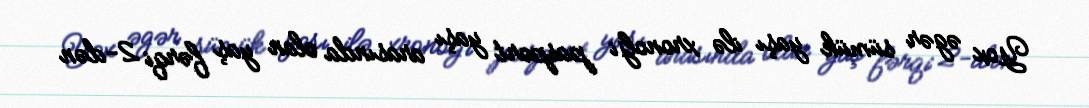
Yox əgər sümük yaşı ilə xronolji pasport yaşı arasında olan yaş fərqi 2-dən